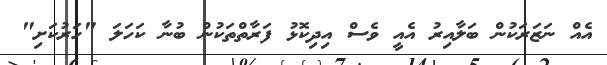
އެއް ނަޒަރަކުން ބަލާއިރު އެއީ ވެސް އިދިކޮޅު ފަރާތްތަކުން ބުނާ ކަހަލަ "ހަރުކަށި"